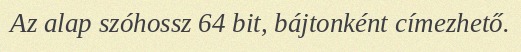
Az alap szóhossz 64 bit, bájtonként címezhető.